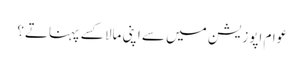
عوام اپوزیشن میں سے اپنی مالا کسے پہناتے؟